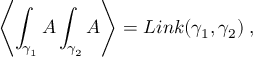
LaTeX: \left\langle \int _ { \gamma _ { 1 } } A \int _ { \gamma _ { 2 } } A \right\rangle = L i n k ( \gamma _ { 1 } , \gamma _ { 2 } ) \; ,